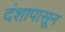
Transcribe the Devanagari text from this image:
दंशापासून